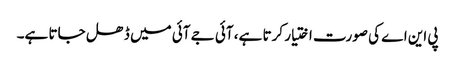
پی این اے کی صورت اختیار کرتا ہے، آئی جے آئی میں ڈھل جاتا ہے۔